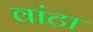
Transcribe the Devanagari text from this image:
वांटा